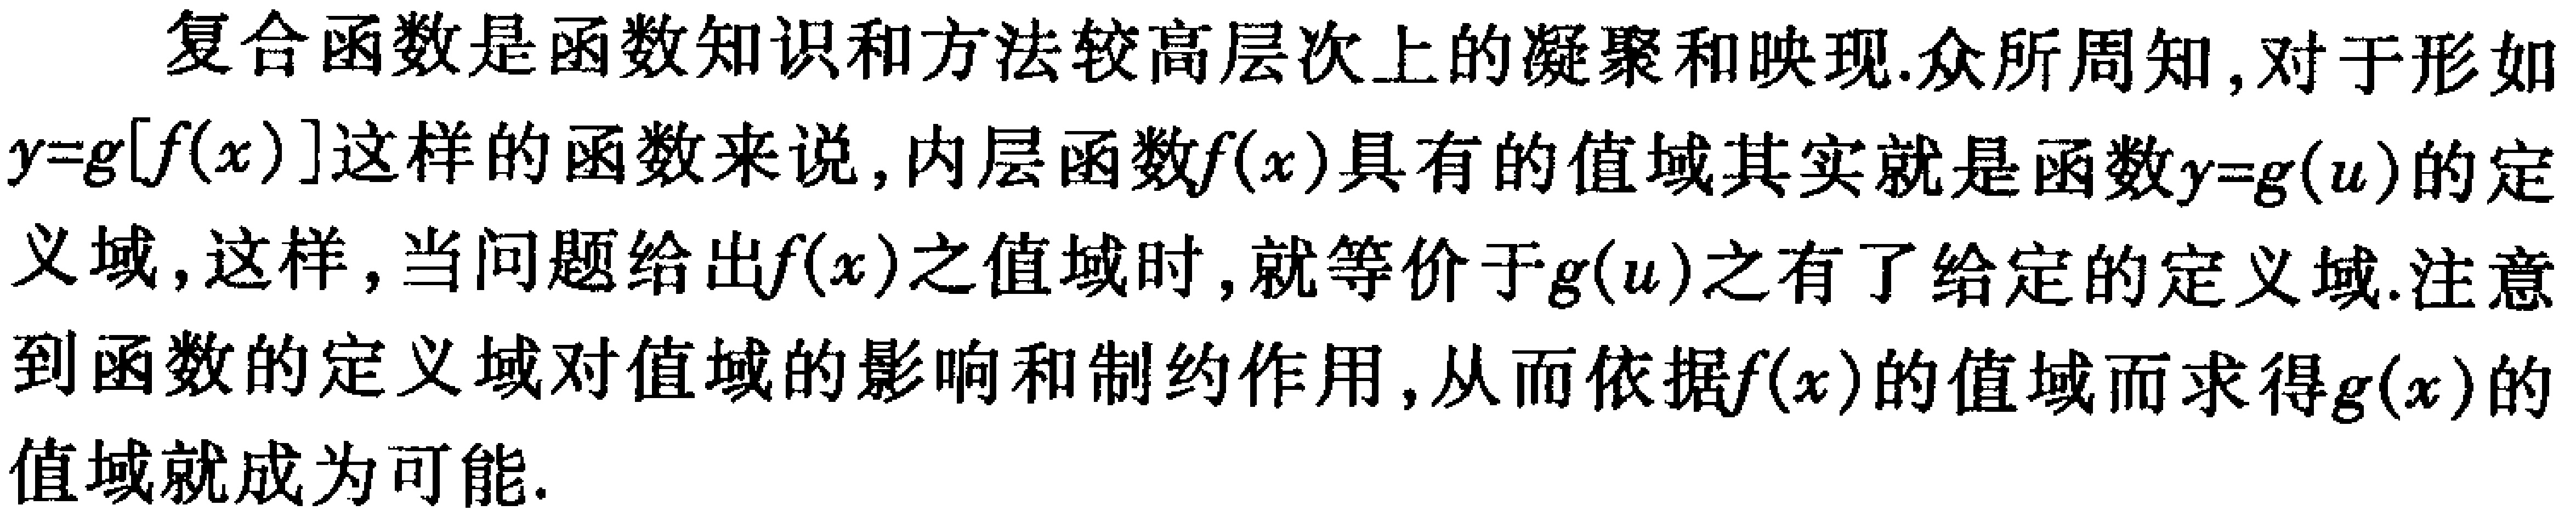
复合函数是函数知识和方法较高层次上的凝聚和映现.众所周知,对于形如\(y = g[f(x)]\)这样的函数来说,内层函数\(f(x)\)具有的值域其实就是函数\(y = g(u)\)的定义域,这样,当问题给出\(f(x)\)之值域时,就等价于\(g(u)\)之有了给定的定义域.注意到函数的定义域对值域的影响和制约作用,从而依据\(f(x)\)的值域而求得\(g(x)\)的值域就成为可能.